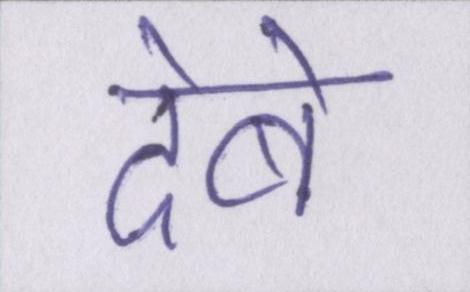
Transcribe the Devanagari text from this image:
देबे